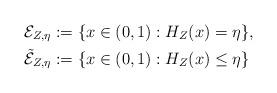
LaTeX: \begin{align*} {\mathcal E}_{Z,\eta}&:=\{x\in (0,1): H_{Z}(x)=\eta\},\\ \tilde{\mathcal E}_{Z,\eta}&:=\{x\in (0,1): H_{Z}(x)\leq\eta\}\end{align*}